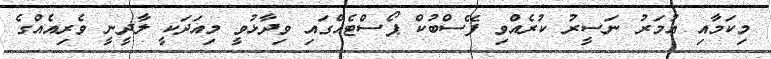
މިކަމާއި އުމަރު ނަސީރު ކުރެއްވި ފޭސްބުކް ޕޯސްޓެއްގައި ވިދާޅުވީ މިއަދަކީ ލާދީނީ ވެރިއެއްގެ